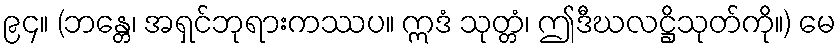
၉၄။ (ဘန္တေ၊ အရှင်ဘုရားကဿပ။ ဣဒံ သုတ္တံ၊ ဤဒီဃလဋ္ဌိသုတ်ကို။) မေ